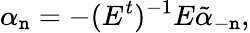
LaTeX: \alpha_{\mathtt{n}}=-(E^{t})^{-1}E\tilde{{\alpha}}_{-\mathtt{n}},